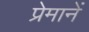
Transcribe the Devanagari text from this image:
प्रेमानें